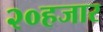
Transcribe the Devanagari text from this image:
२०हजार